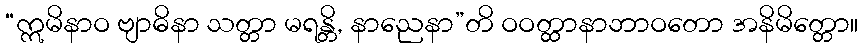
“ဣမိနာဝ ဗျာဓိနာ သတ္တာ မရန္တိ, နာညေနာ”တိ ဝဝတ္ထာနာဘာဝတော အနိမိတ္တော။